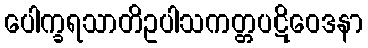
ပေါက္ခရသာတိဥပါသကတ္တပဋိဝေဒနာ